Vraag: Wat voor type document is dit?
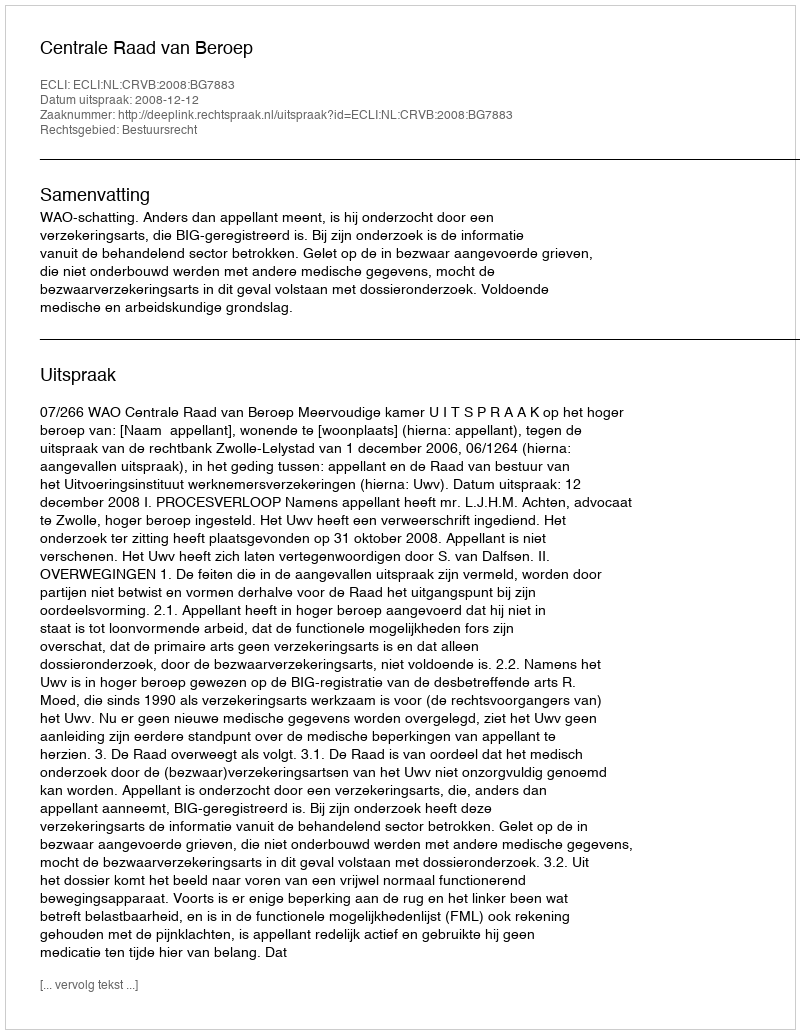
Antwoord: Uitspraak